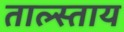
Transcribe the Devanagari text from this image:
ताल्स्ताय